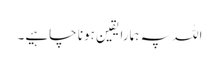
اللہ پہ ہمارا یقین ہونا چاہیے۔